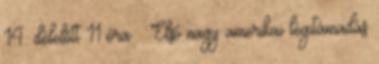
14. délelőtt 11 óra – Első nagy amerikai légitámadás